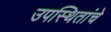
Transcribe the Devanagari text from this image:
उपस्थितांचे